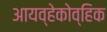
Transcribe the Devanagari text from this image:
आयव्हेकोव्हिक